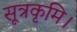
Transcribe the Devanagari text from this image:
सूत्रकृमि।